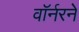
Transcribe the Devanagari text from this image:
वॉर्नरने